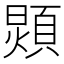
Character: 𩓺